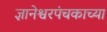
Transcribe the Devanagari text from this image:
ज्ञानेश्वरपंचकाच्या